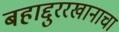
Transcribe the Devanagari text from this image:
बहाद्दुररखानाचा